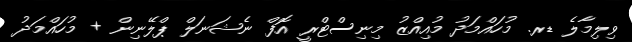
ވިލިމާލެ ޑރ. މުހައްމަދު މުއިއްޒު މިނިސްޓްރީ އޮފް ނެޝަނަލް ޕްލޭނިން + މުހައްމަދު